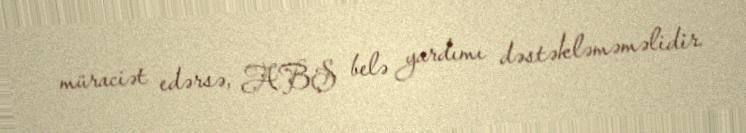
müraciət edərsə, ABŞ belə yardımı dəstəkləməməlidir.